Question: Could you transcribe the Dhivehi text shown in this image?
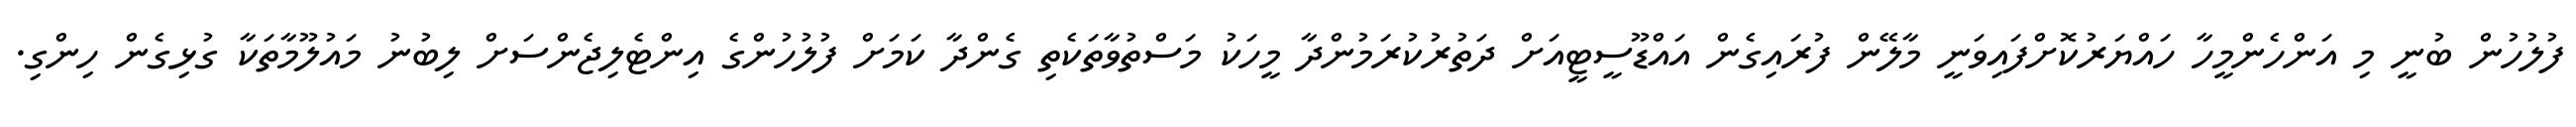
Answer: ފުލުހުން ބުނީ މި އަންހެންމީހާ ހައްޔަރުކޮށްފައިވަނީ މާލޭން ފުރައިގެން އައްޑޫސީޓީއަށް ދަތުރުކުރަމުންދާ މީހަކު މަސްތުވާތަކެތި ގެންދާ ކަމަށް ފުލުހުންގެ އިންޓެލިޖެންސަށް ލިބުނު މައުލޫމާތަކާ ގުޅިގެން ހިންގި.